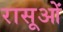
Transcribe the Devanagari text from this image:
रासूओं